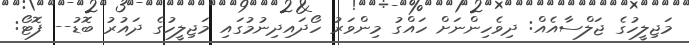
މަޖިލީހުގެ ޖަލްސާއެއް: ދިވެހިންނަށް ހައްގު މިންވަރު ހޯދައިދިނުމުގައި މަޖިލީހުގެ ދައުރު ބޮޑު-- ފޮޓޯ: